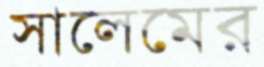
সালেমের